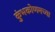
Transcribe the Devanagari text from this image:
कुंभकोणमच्या